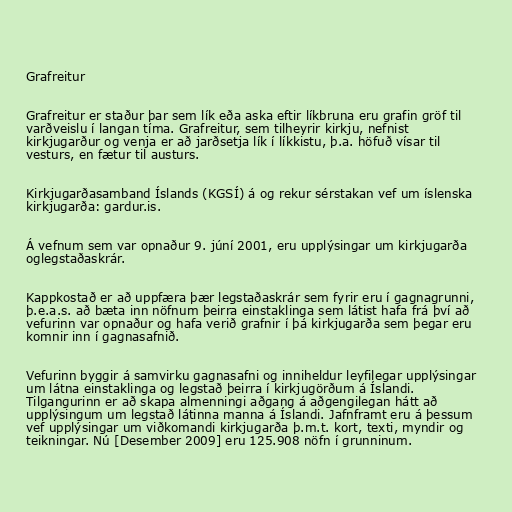
Grafreitur

Grafreitur er staður þar sem lík eða aska eftir líkbruna eru grafin gröf til
varðveislu í langan tíma. Grafreitur, sem tilheyrir kirkju, nefnist
kirkjugarður og venja er að jarðsetja lík í líkkistu, þ.a. höfuð vísar til
vesturs, en fætur til austurs.

Kirkjugarðasamband Íslands (KGSÍ) á og rekur sérstakan vef um íslenska
kirkjugarða: gardur.is.

Á vefnum sem var opnaður 9. júní 2001, eru upplýsingar um kirkjugarða
oglegstaðaskrár.

Kappkostað er að uppfæra þær legstaðaskrár sem fyrir eru í gagnagrunni,
þ.e.a.s. að bæta inn nöfnum þeirra einstaklinga sem látist hafa frá því að
vefurinn var opnaður og hafa verið grafnir í þá kirkjugarða sem þegar eru
komnir inn í gagnasafnið.

Vefurinn byggir á samvirku gagnasafni og inniheldur leyfilegar upplýsingar
um látna einstaklinga og legstað þeirra í kirkjugörðum á Íslandi.
Tilgangurinn er að skapa almenningi aðgang á aðgengilegan hátt að
upplýsingum um legstað látinna manna á Íslandi. Jafnframt eru á þessum
vef upplýsingar um viðkomandi kirkjugarða þ.m.t. kort, texti, myndir og
teikningar. Nú [Desember 2009] eru 125.908 nöfn í grunninum.